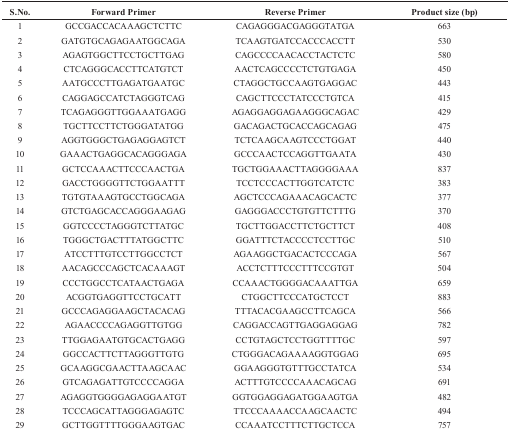
<table><thead><tr><td><b>S.No.</b></td><td><b>Forward Primer</b></td><td><b>Reverse Primer</b></td><td><b>Product size (bp)</b></td></tr></thead><tbody><tr><td>1</td><td>GCCGACCACAAAGCTCTTC</td><td>CAGAGGGACGAGGGTATGA</td><td>663</td></tr><tr><td>2</td><td>GATGTGCAGAGAATGGCAGA</td><td>TCAAGTGATCCACCCACCTT</td><td>530</td></tr><tr><td>3</td><td>AGAGTGGCTTCCTGCTTGAG</td><td>CAGCCCCAACACCTACTCTC</td><td>580</td></tr><tr><td>4</td><td>CTCAGGGCACCTTCATGTCT</td><td>AACTCAGCCCCTCTGTGAGA</td><td>450</td></tr><tr><td>5</td><td>AATGCCCTTGAGATGAATGC</td><td>CTAGGCTGCCAAGTGAGGAC</td><td>443</td></tr><tr><td>6</td><td>CAGGAGCCATCTAGGGTCAG</td><td>CAGCTTCCCTATCCCTGTCA</td><td>415</td></tr><tr><td>7</td><td>TCAGAGGGTTGGAAATGAGG</td><td>AGAGGAGGAGAAGGGCAGAC</td><td>429</td></tr><tr><td>8</td><td>TGCTTCCTTCTGGGATATGG</td><td>GACAGACTGCACCAGCAGAG</td><td>475</td></tr><tr><td>9</td><td>AGGTGGGCTGAGAGGAGTCT</td><td>TCTCAAGCAAGTCCCTGGAT</td><td>440</td></tr><tr><td>10</td><td>GAAACTGAGGCACAGGGAGA</td><td>GCCCAACTCCAGGTTGAATA</td><td>430</td></tr><tr><td>11</td><td>GCTCCAAACTTCCCAACTGA</td><td>TGCTGGAAACTTAGGGGAAA</td><td>837</td></tr><tr><td>12</td><td>GACCTGGGGTTCTGGAATTT</td><td>TCCTCCCACTTGGTCATCTC</td><td>383</td></tr><tr><td>13</td><td>TGTGTAAAGTGCCTGGCAGA</td><td>AGCTCCCAGAAACAGCACTC</td><td>377</td></tr><tr><td>14</td><td>GTCTGAGCACCAGGGAAGAG</td><td>GAGGGACCCTGTGTTCTTTG</td><td>370</td></tr><tr><td>15</td><td>GGTCCCCTAGGGTCTTATGC</td><td>TGCTTGGACCTTCTGCTTCT</td><td>408</td></tr><tr><td>16</td><td>TGGGCTGACTTTATGGCTTC</td><td>GGATTTCTACCCCTCCTTGC</td><td>510</td></tr><tr><td>17</td><td>ATCCTTTGTCCTTGGCCTCT</td><td>AGAAGGCTGACACTCCCAGA</td><td>567</td></tr><tr><td>18</td><td>AACAGCCCAGCTCACAAAGT</td><td>ACCTCTTTCCCTTTCCGTGT</td><td>504</td></tr><tr><td>19</td><td>CCCTGGCCTCATAACTGAGA</td><td>CCAAACTGGGGACAAATTGA</td><td>659</td></tr><tr><td>20</td><td>ACGGTGAGGTTCCTGCATT</td><td>CTGGCTTCCCATGCTCCT</td><td>883</td></tr><tr><td>21</td><td>GCCCAGAGGAAGCTACACAG</td><td>TTTACACGAAGCCTTCAGCA</td><td>566</td></tr><tr><td>22</td><td>AGAACCCCAGAGGTTGTGG</td><td>CAGGACCAGTTGAGGAGGAG</td><td>782</td></tr><tr><td>23</td><td>TTGGAGAATGTGCACTGAGG</td><td>CCTGTAGCTCCTGGTTTTGC</td><td>597</td></tr><tr><td>24</td><td>GGCCACTTCTTAGGGTTGTG</td><td>CTGGGACAGAAAAGGTGGAG</td><td>695</td></tr><tr><td>25</td><td>GCAAGGCGAACTTAAGCAAC</td><td>GGAAGGGTGTTTGCCTATCA</td><td>534</td></tr><tr><td>26</td><td>GTCAGAGATTGTCCCCAGGA</td><td>ACTTTGTCCCCAAACAGCAG</td><td>691</td></tr><tr><td>27</td><td>AGAGGTGGGGAGAGGAATGT</td><td>GGTGGAGGAGATGGAAGTGA</td><td>482</td></tr><tr><td>28</td><td>TCCCAGCATTAGGGAGAGTC</td><td>TTCCCAAAACCAAGCAACTC</td><td>494</td></tr><tr><td>29</td><td>GCTTGGTTTTGGGAAGTGAC</td><td>CCAAATCCTTTCTTGCTCCA</td><td>757</td></tr></tbody></table>